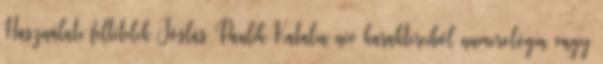
Használati feltételek Jóslás Paulik Katalin név karaktereiből numerológia vagy